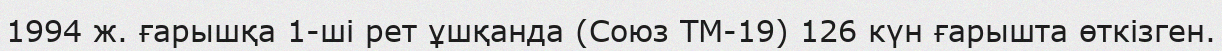
1994 ж. ғарышқа 1-ші рет ұшқанда (Союз ТМ-19) 126 күн ғарышта өткізген.